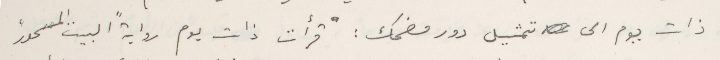
ذات يوم الى تمثيل دور مضحك: "قرأت ذات يوم رواية "البيت المسحور"